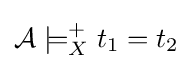
{\mathcal {A}}\models _{X}^{+}t_{1}=t_{2}